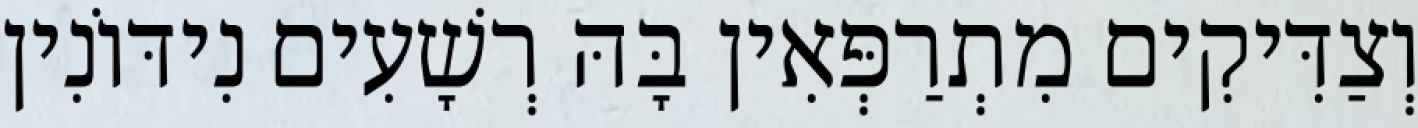
וְצַדִּיקִים מִתְרַפְּאִין בָּהּ רְשָׁעִים נִידּוֹנִין